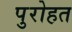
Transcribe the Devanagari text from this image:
पुरोहत